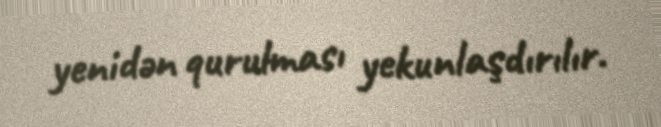
yenidən qurulması yekunlaşdırılır.